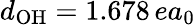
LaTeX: d_{\mathrm{OH}}=1.678\, ea_{0}